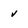
Character: V